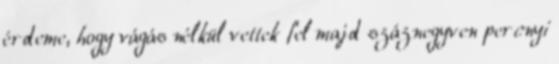
érdeme, hogy vágás nélkül vettek fel majd száznegyven percnyi